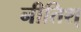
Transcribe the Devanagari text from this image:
नीतिश्